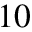
1 0